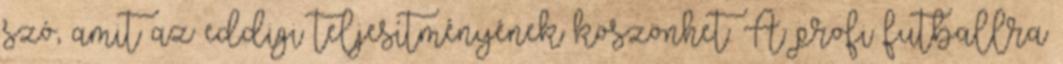
szó, amit az eddigi teljesítményének köszönhet. A profi futballra